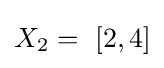
X_{2}=\ [2,4]